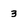
Character: 3